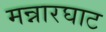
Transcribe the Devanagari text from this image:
मन्नारघाट